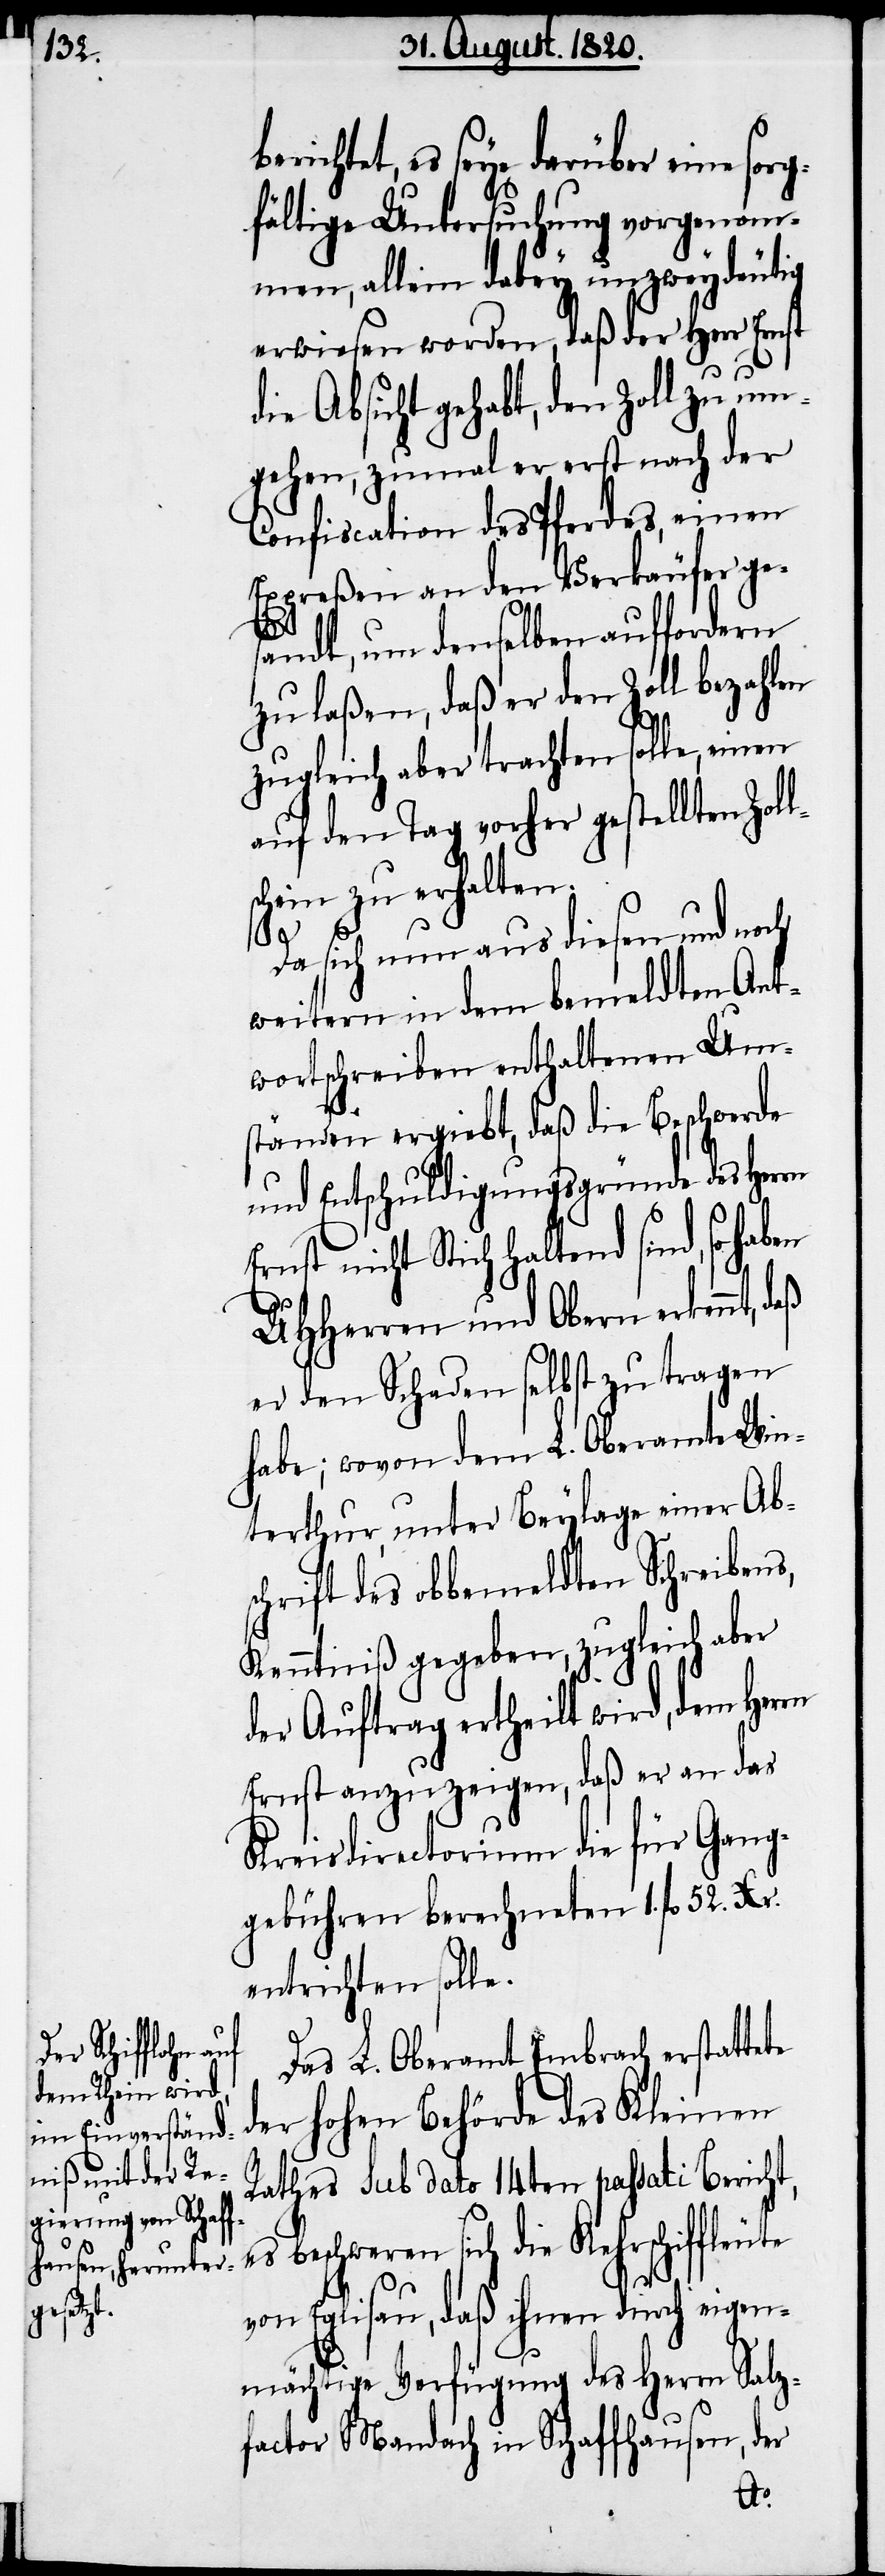
erichtet, es seye darüber eine sorg¬
fältige Untersuchung vorgenomm¬
en, allein dabey unzweydeutig
erwiesen worden, daß der Herr Ernst
die Absicht gehabt, den Zoll zu um¬
gehen, zumal er erst nach der
Confiscation des Pferdes, einen
Expreßen an den Verkäufer ges¬
andt, um demselben auffordern
zu laßen, daß er den Zoll bezahlen
zugleich aber trachten solle, einen
auf den Tag vorher gestellten Zol¬
schein zu erhalten.
Da sich nun aus diesen und noch
weitern in dem bemeldten Ant¬
wortschreiben enthaltene Um¬
ständen ergiebt, daß die Beschwerde
und Entschuldigungsgründe des Herrn
Ernst nicht stichhaltend sind, so haben
UHherren und Obern erkennt,
er den Schaden selbst zu tragen
habe; wovon dem L. Oberamte Win¬
terthur, unter Beylage einer Abs¬
chrift des obbemeldten Schreibens,
Kenntniß gegeben, zugleich aber
der Auftrag ertheilt wird, dem Herrn
ernst anzuzeigen, daß er an das
Kreisdirectorium die für Gang¬
gebühren berechneten 1. fl 52.
entrichten solle.
Das L. Oberamt Embrach erstattete
der hohen Behörde des Kleinen
Rathes sub dato 14ten passati Bericht,
es beschweren sich die Kehrschiffleute
von Eglisau, daß ihnen durch eigen¬
mächtige Verfügung des Herrn Salz¬
factor Mandach in Schaffhausen, der
l¬